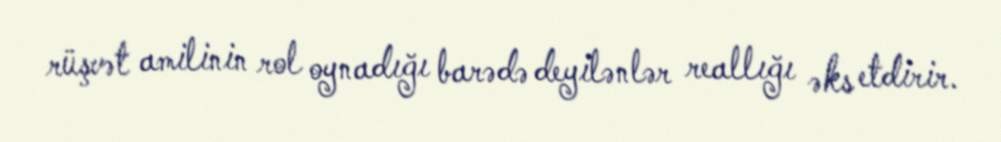
rüşvət amilinin rol oynadığı barədə deyilənlər reallığı əks etdirir.